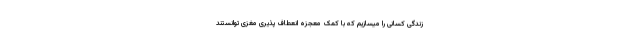
زندگی کسانی را میسازیم که با کمک معجزه انعطاف پذیری مغزی توانستند